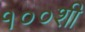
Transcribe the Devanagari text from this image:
१००शी